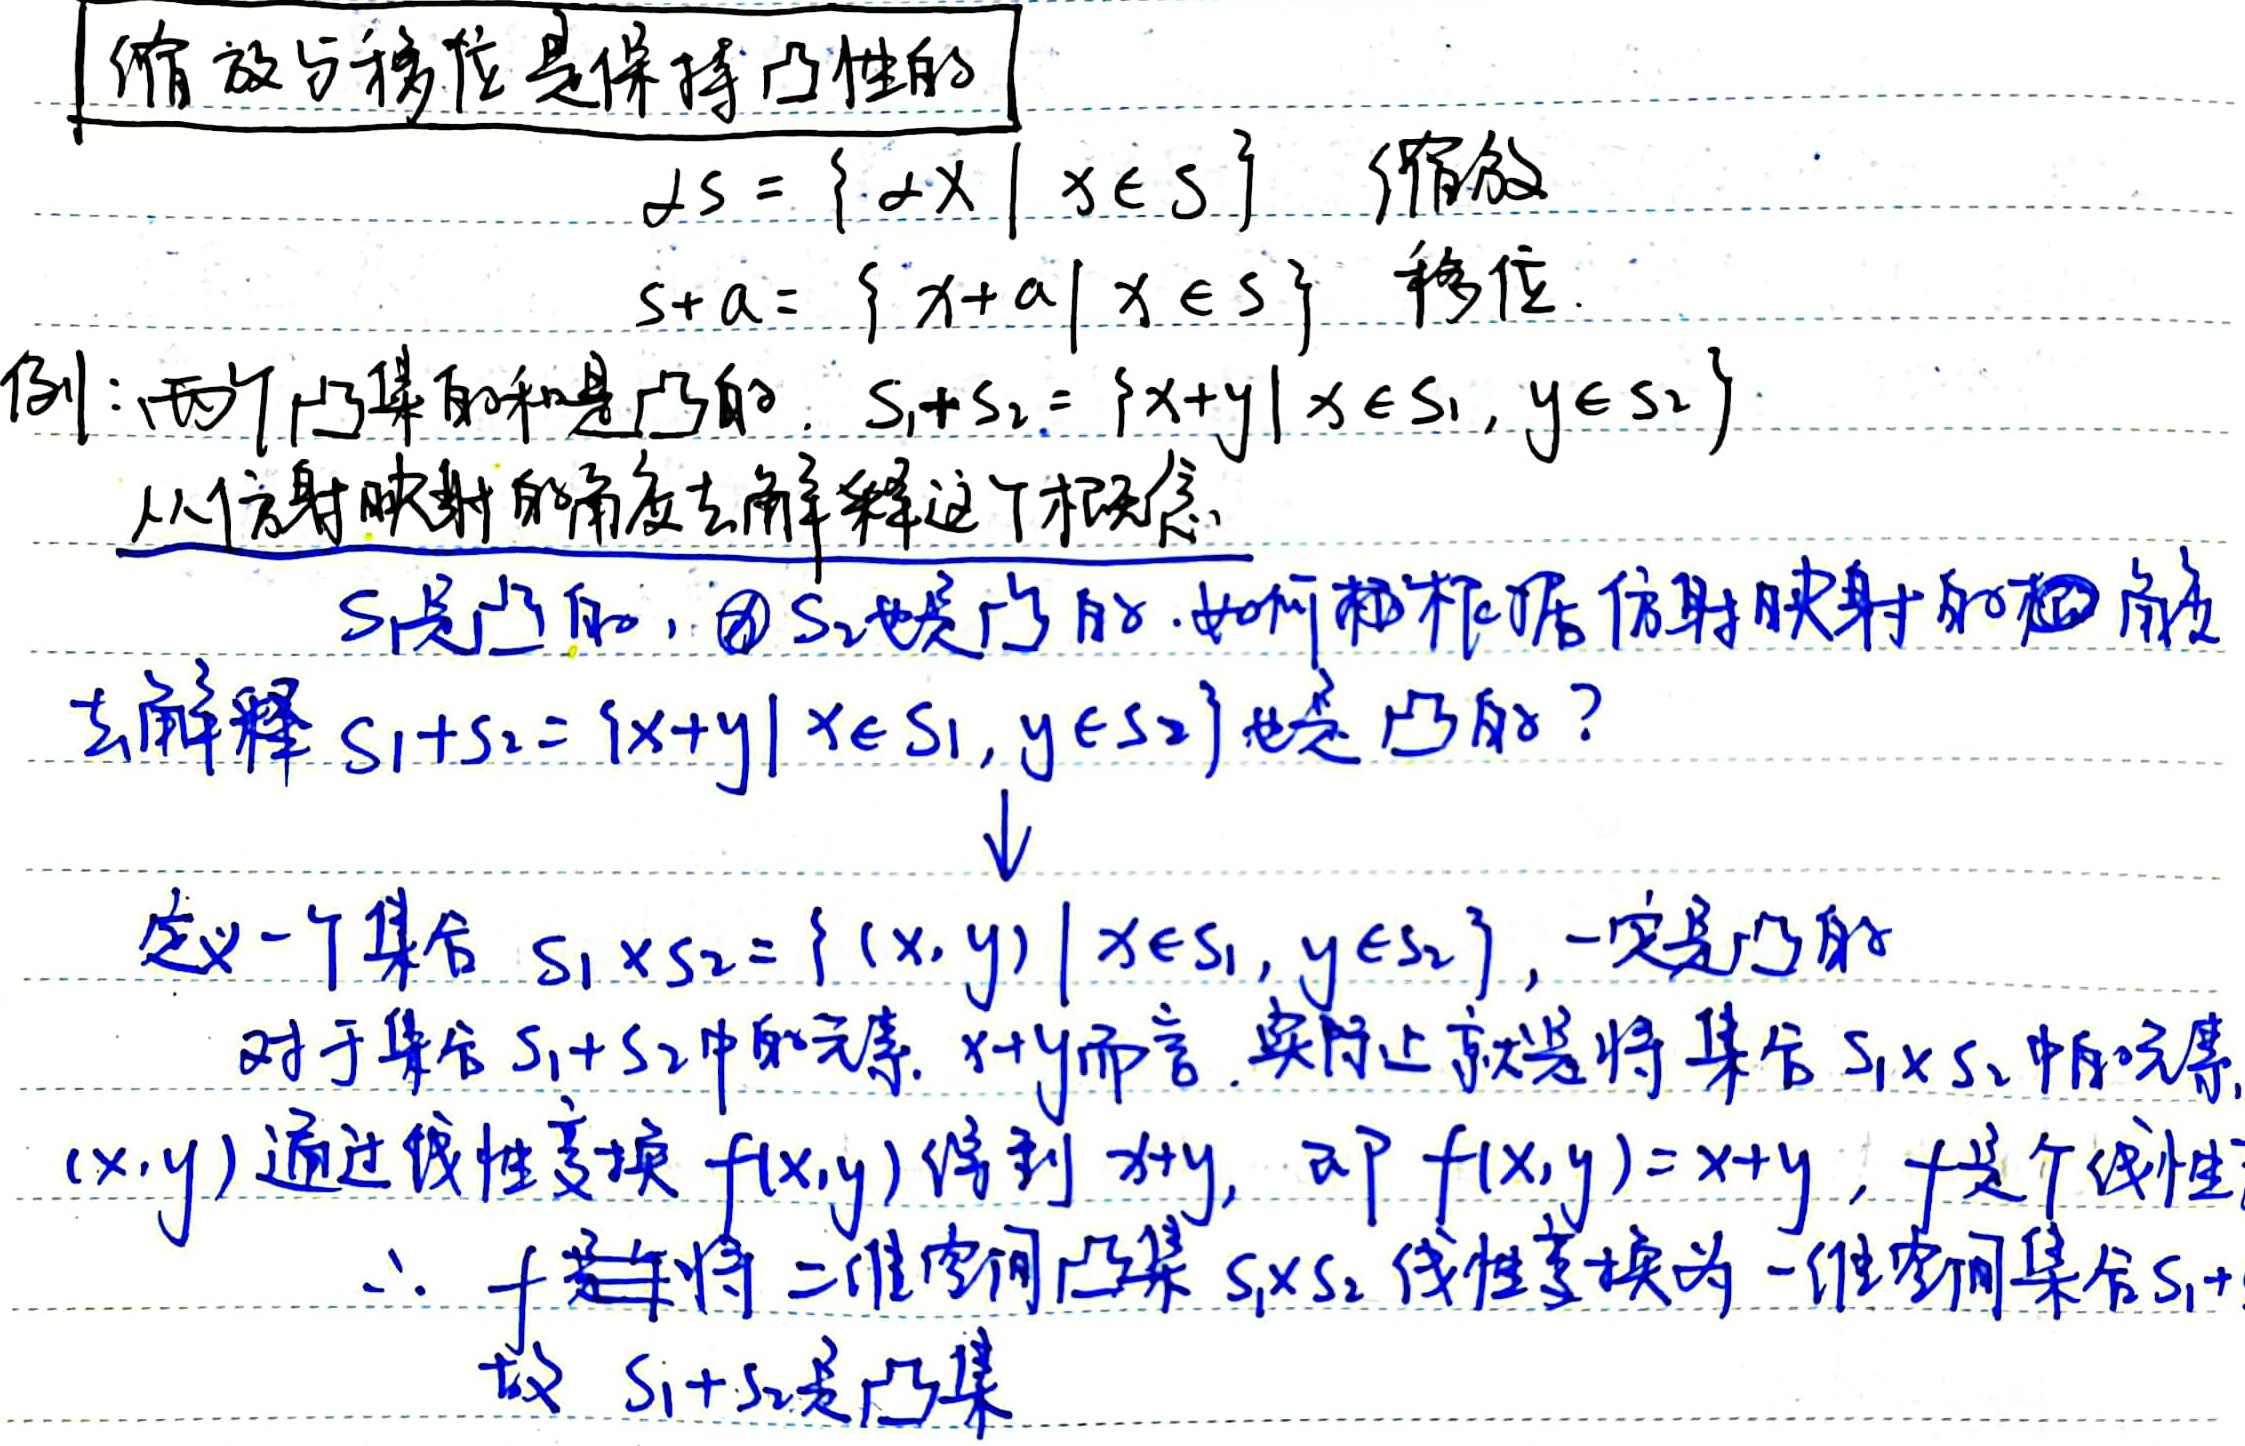
缩放与移位是保持凸性的。
\[
\begin{align*}
\alpha S&=\{\alpha x\mid x\in S\}\quad\text{缩放}\\
S + a&=\{x + a\mid x\in S\}\quad\text{移位}
\end{align*}
\]
例：两个凸集的和是凸的。\(S_1 + S_2=\{x + y\mid x\in S_1,y\in S_2\}\)。从仿射映射的角度去解释这个概念。\(S_1\)是凸的，\(S_2\)也是凸的。如何根据仿射映射的和的角度去解释 \(S_1+S_2 = \{x + y\mid x\in S_1,y\in S_2\}\) 也是凸的？

定义一个集合 \(S_1\times S_2=\{(x,y)\mid x\in S_1,y\in S_2\}\)，它一定是凸的。

对于集合 \(S_1 + S_2\)中的元素 \(x + y\)而言，实际上就是将集合 \(S_1\times S_2\)中的元素 \((x,y)\)通过线性变换 \(f(x,y)\)得到 \(x + y\)，即 \(f(x,y)=x + y\)，\(f\)是个线性变换。

所以 \(f\)是将二维空间凸集 \(S_1\times S_2\) 线性变换为一维空间集合 \(S_1 + S_2\)。

故 \(S_1 + S_2\)是凸集。